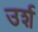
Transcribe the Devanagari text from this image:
उर्श